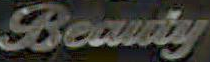
Beauty